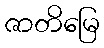
ဇာတိမြေ